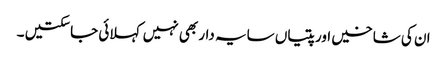
ان کی شاخیں اور پتیاں سایہ دار بھی نہیں کہلائی جاسکتیں ۔